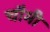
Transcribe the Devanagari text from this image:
चौमी